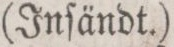
(Inſändt.)